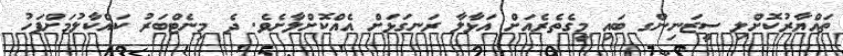
ތައްޔާރުކޮށްލި ސީޒަނިންގ ބައި މީގެތެރެއަށް އަޅާލާ ރަނގަޅަށް އެއްކޮށްލާށެވެ. ދެ މިނެޓްބަރު ކައްކާލުމަށްފަހު